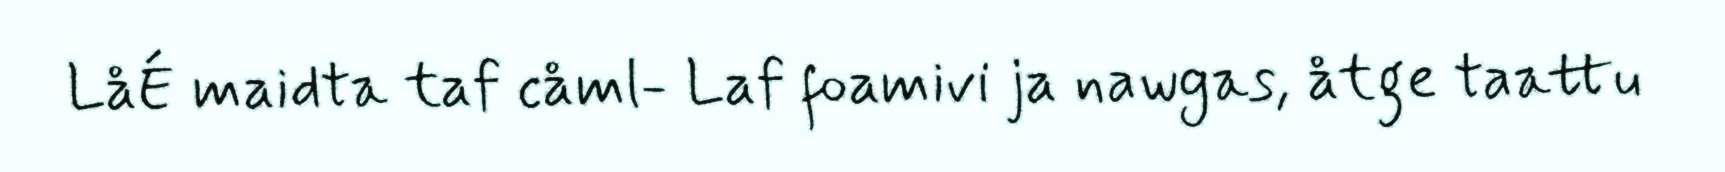
LåÉ maidta taf cåml- Laf foamivi ja nawgas, åtge taattu